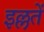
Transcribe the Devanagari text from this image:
इल्लतें